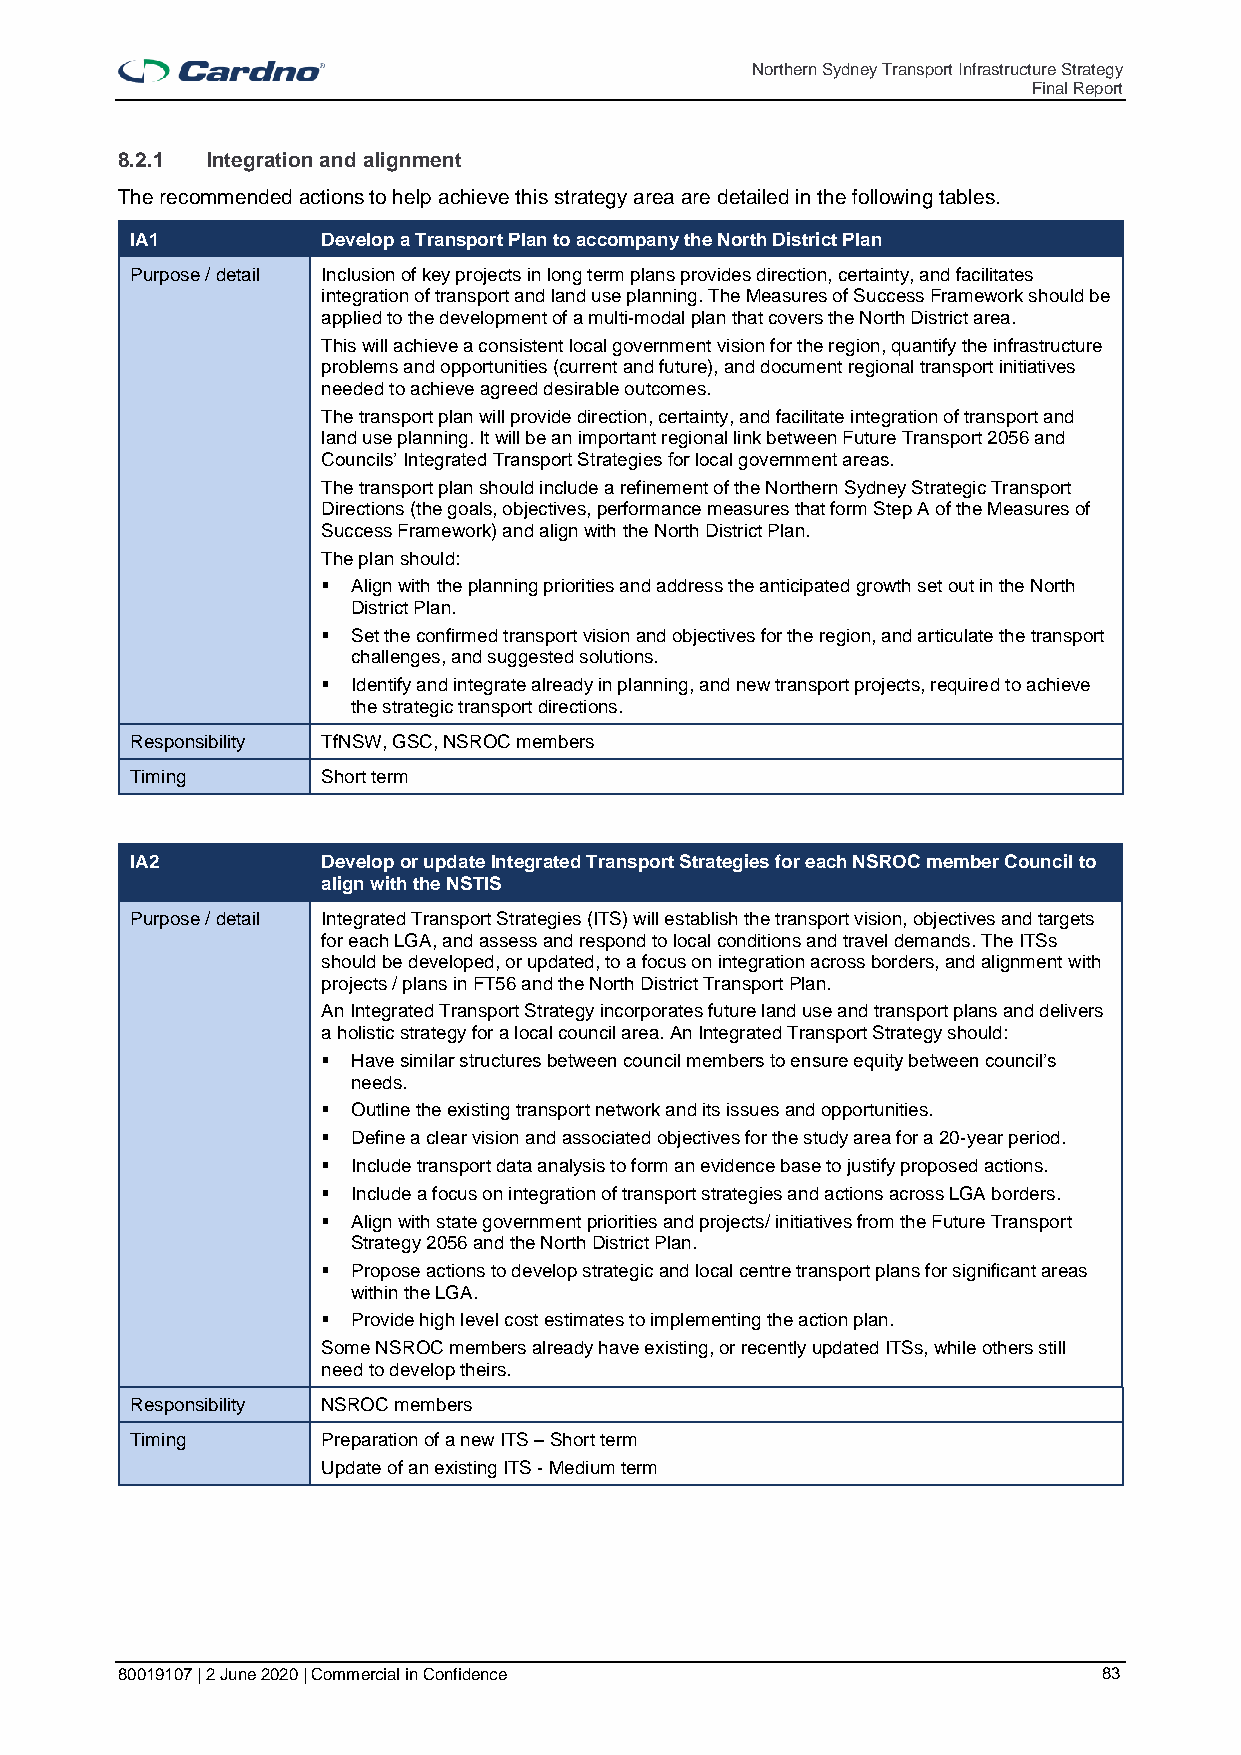
Northern Sydney Transport Infrastructure Strategy
 Final Report
 8.2.1 Integration and alignment
 The recommended actions to help achieve this strategy area are detailed in the following tables.
 IA1         Develop a Transport Plan to accompany the North District Plan
 Purpose / detail Inclusion of key projects in long term plans provides direction, certainty, and facilitates
 integration of transport and land use planning. The Measures of Success Framework should be
 applied to the development of a multi-modal plan that covers the North District area.
 This will achieve a consistent local government vision for the region, quantify the infrastructure
 problems and opportunities (current and future), and document regional transport initiatives
 needed to achieve agreed desirable outcomes.
 The transport plan will provide direction, certainty, and facilitate integration of transport and
 land use planning. It will be an important regional link between Future Transport 2056 and
 Councils’ Integrated Transport Strategies for local government areas.
 The transport plan should include a refinement of the Northern Sydney Strategic Transport
 Directions (the goals, objectives, performance measures that form Step A of the Measures of
 Success Framework) and align with the North District Plan.
 The plan should:
 ▪ Align with the planning priorities and address the anticipated growth set out in the North
 District Plan.
 ▪ Set the confirmed transport vision and objectives for the region, and articulate the transport
 challenges, and suggested solutions.
 ▪ Identify and integrate already in planning, and new transport projects, required to achieve
 the strategic transport directions.
 Responsibility TfNSW, GSC, NSROC members
 Timing      Short term
 IA2         Develop or update Integrated Transport Strategies for each NSROC member Council to
 align with the NSTIS
 Purpose / detail Integrated Transport Strategies (ITS) will establish the transport vision, objectives and targets
 for each LGA, and assess and respond to local conditions and travel demands. The ITSs
 should be developed, or updated, to a focus on integration across borders, and alignment with
 projects / plans in FT56 and the North District Transport Plan.
 An Integrated Transport Strategy incorporates future land use and transport plans and delivers
 a holistic strategy for a local council area. An Integrated Transport Strategy should:
 ▪ Have similar structures between council members to ensure equity between council’s
 needs.
 ▪ Outline the existing transport network and its issues and opportunities.
 ▪ Define a clear vision and associated objectives for the study area for a 20-year period.
 ▪ Include transport data analysis to form an evidence base to justify proposed actions.
 ▪ Include a focus on integration of transport strategies and actions across LGA borders.
 ▪ Align with state government priorities and projects/ initiatives from the Future Transport
 Strategy 2056 and the North District Plan.
 ▪ Propose actions to develop strategic and local centre transport plans for significant areas
 within the LGA.
 ▪ Provide high level cost estimates to implementing the action plan.
 Some NSROC members already have existing, or recently updated ITSs, while others still
 need to develop theirs.
 Responsibility NSROC members
 Timing      Preparation of a new ITS – Short term
 Update of an existing ITS - Medium term
 80019107 | 2 June 2020 | Commercial in Confidence                83